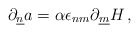
\begin{align*}\partial_{\underline{n}}a =\alpha \epsilon_{nm} \partial_{\underline{m}}H\, ,\end{align*}